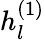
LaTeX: h_{l}^{(1)}